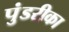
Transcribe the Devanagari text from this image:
पुंडरीका